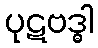
ပုဋဗဒ္ဓါ